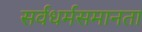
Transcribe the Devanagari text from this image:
सर्वधर्मसमानता